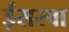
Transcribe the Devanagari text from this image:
ईसरवा